Vaccination in the Punjab 1905-1918 - 1905-1918
Year: 1905
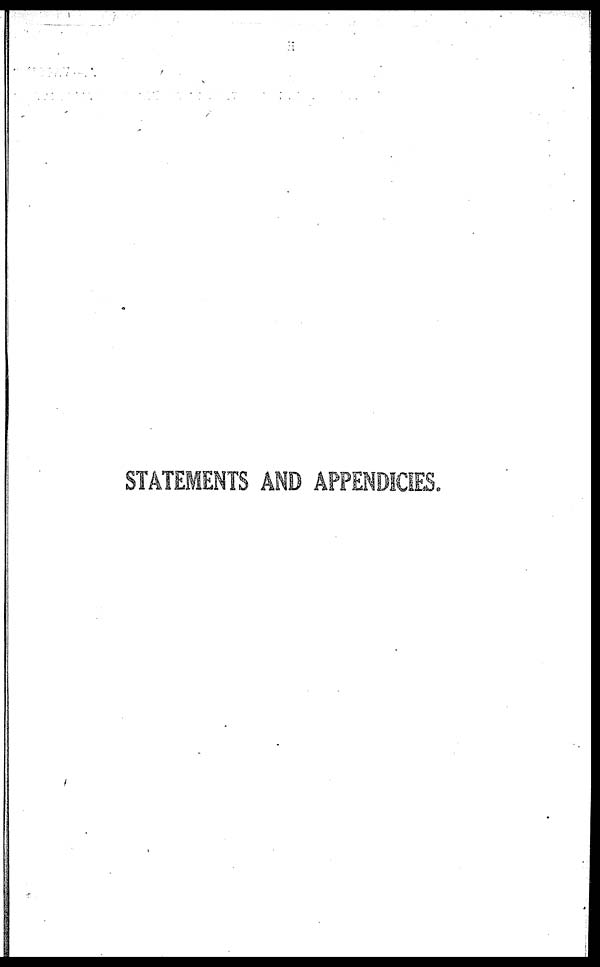
STATEMENTS AND APPENDICIES.